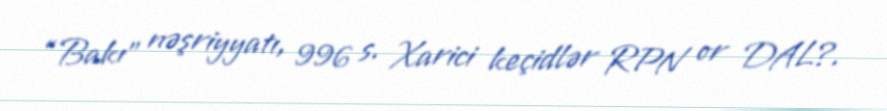
“Bakı” nəşriyyatı, 996 s. Xarici keçidlər RPN or DAL?.